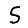
Digit: 5